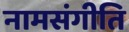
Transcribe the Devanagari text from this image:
नामसंगीति